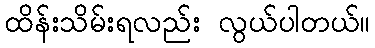
ထိန်းသိမ်းရလည်း လွယ်ပါတယ်။